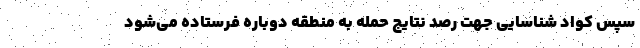
سپس کواد شناسایی جهت رصد نتایج حمله به منطقه دوباره فرستاده می‌شود